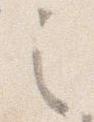
之